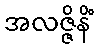
အလဇ္ဇိနိံ